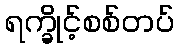
ရက္ခိုင့်စစ်တပ်